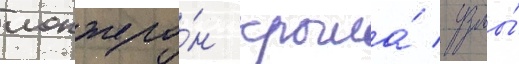
лонжеро́н крыла́ / узлы́